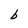
Character: b